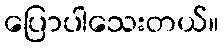
ပြောပါသေးတယ်။